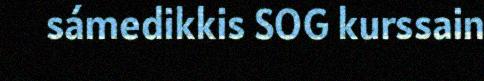
sámedikkis SOG kurssain